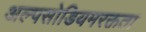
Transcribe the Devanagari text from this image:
अल्पसोडियमरक्तता